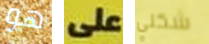
هو على شكلي